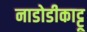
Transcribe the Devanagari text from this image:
नाडोडीकाट्टू